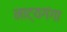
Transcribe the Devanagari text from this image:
नाट्यगंगा